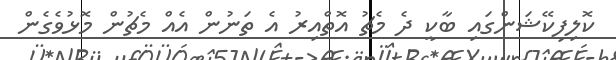
ކޮލިފިކޭޝަންގައި ބާކީ ދެ މެޗު އޮތްއިރު އެ ތަނުން އެއް މެޗުން މޮޅުވެގެން